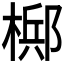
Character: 𬄂